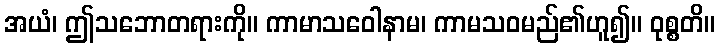
အယံ၊ ဤသဘောတရားကို။ ကာမာသဝေါနာမ၊ ကာမသဝမည်၏ဟူ၍။ ဝုစ္စတိ။